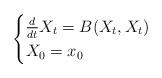
LaTeX: \begin{align*}\begin{cases}\frac{d}{dt}X_t = B(X_t,X_t) \\ X_0 = x_0\end{cases}\end{align*}